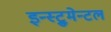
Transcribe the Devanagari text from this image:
इन्स्ट्रुमेन्टल